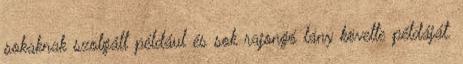
sokaknak szolgált például és sok rajongó lány követte példáját.